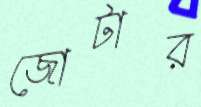
জোটার